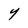
Character: Y